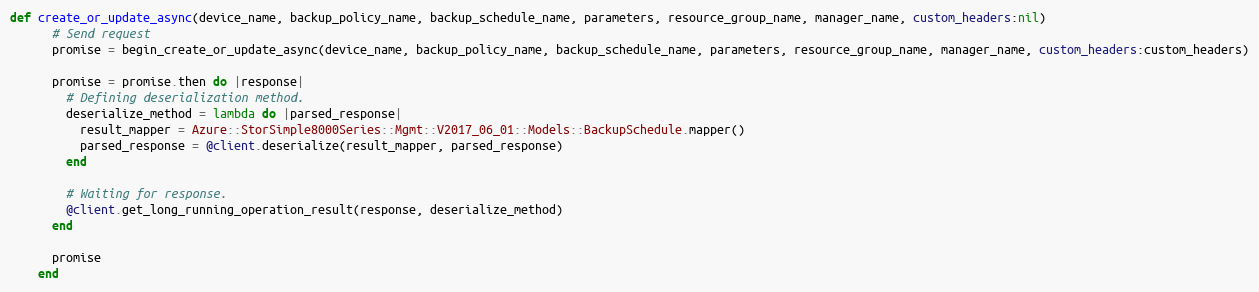
Language: Ruby
def create_or_update_async(device_name, backup_policy_name, backup_schedule_name, parameters, resource_group_name, manager_name, custom_headers:nil)
      # Send request
      promise = begin_create_or_update_async(device_name, backup_policy_name, backup_schedule_name, parameters, resource_group_name, manager_name, custom_headers:custom_headers)

      promise = promise.then do |response|
        # Defining deserialization method.
        deserialize_method = lambda do |parsed_response|
          result_mapper = Azure::StorSimple8000Series::Mgmt::V2017_06_01::Models::BackupSchedule.mapper()
          parsed_response = @client.deserialize(result_mapper, parsed_response)
        end

        # Waiting for response.
        @client.get_long_running_operation_result(response, deserialize_method)
      end

      promise
    end